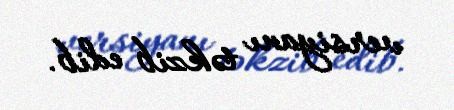
versiyanı təkzib edib.